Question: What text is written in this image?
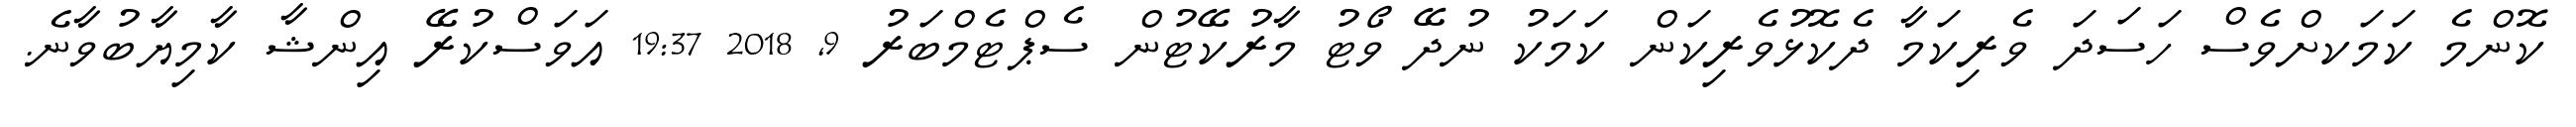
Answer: ކޮންމެ ކަމަކށްވެސް ހަސަދަ ވެރިކަމާ ދެކޮޅުވެރިކަން ކަމަކު ނުދޭ ވޯޓު މާރުކޭޓުން ސެޕްޓެމްބަރު 9, 2018 19:37 އަވަސްކުރޭ އިންޝާ ކާމިޔާބުވާނެ.